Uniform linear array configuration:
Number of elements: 48
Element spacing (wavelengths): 0.5
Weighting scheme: exponential
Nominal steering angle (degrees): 60
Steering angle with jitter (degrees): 60.225
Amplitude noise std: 0.05
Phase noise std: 0.05

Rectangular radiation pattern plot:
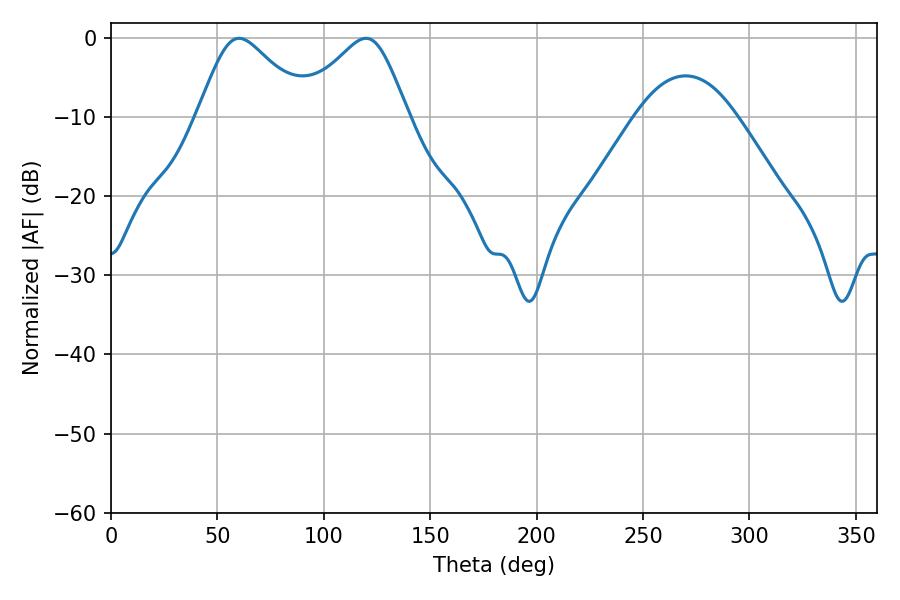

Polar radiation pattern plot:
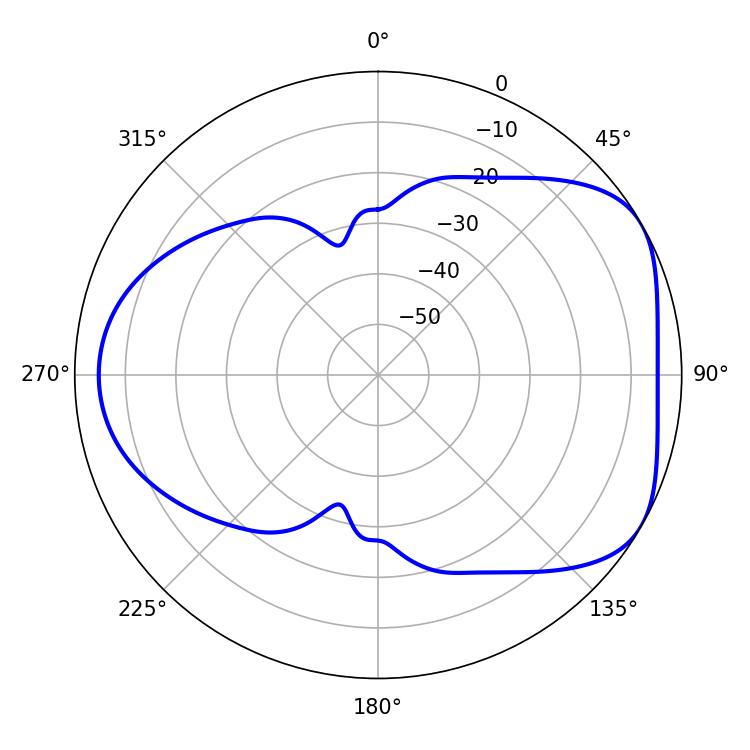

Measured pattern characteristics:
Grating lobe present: FALSE
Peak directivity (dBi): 4.801
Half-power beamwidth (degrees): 25.38
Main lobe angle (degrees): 119.88